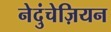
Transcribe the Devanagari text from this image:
नेदुंचेज़ियन